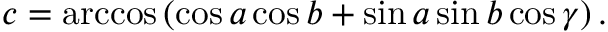
c = \operatorname { a r c c o s } \left( \cos a \cos b + \sin a \sin b \cos \gamma \right) .